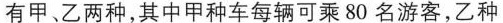
有甲、乙两种，其中甲种车每辆可乘80名游客，乙种